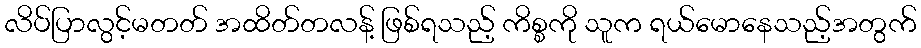
လိပ်ပြာလွင့်မတတ် အထိတ်တလန့် ဖြစ်ရသည့် ကိစ္စကို သူက ရယ်မောနေသည့်အတွက်